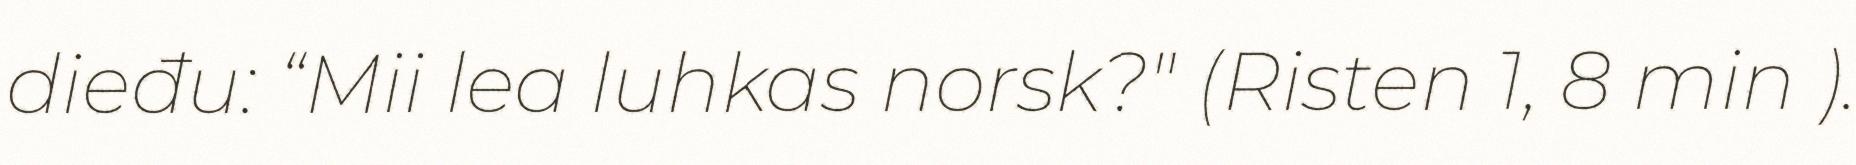
dieđu: “Mii lea luhkas norsk?" (Risten 1, 8 min ).